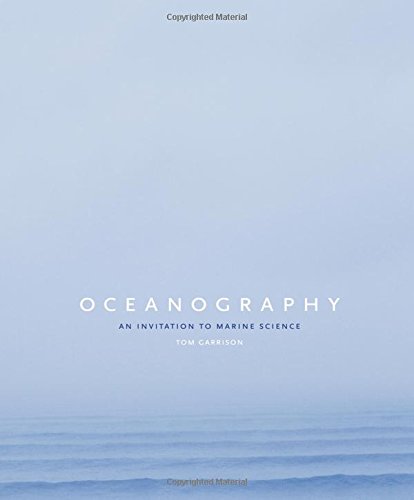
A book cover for Oceanography: An Invitation to Marine Science, 7th Edition; Tom S. Garrison; Science & Math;